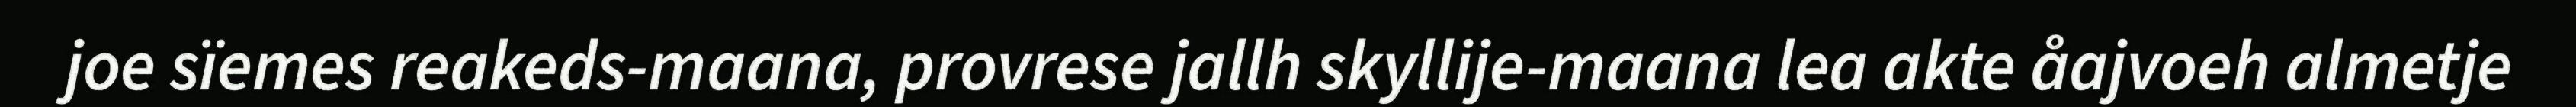
joe sïemes reakeds-maana, provrese jallh skyllije-maana lea akte åajvoeh almetje